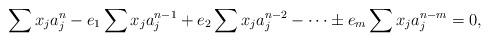
LaTeX: \begin{align*}\sum x_ja_j^n - e_1\sum x_ja_j^{n-1} + e_2\sum x_ja_j^{n-2} -\dots \pm e_m\sum x_ja_j^{n-m} = 0,\end{align*}